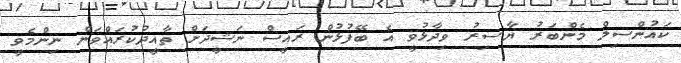
ކައުންސިލް މެންބަރު ޔާސިރު ވިދާޅުވީ އެ ބޭފުޅުން ރައީސް ނަޝީދަށް ތާއީދުކުރައްވަން ނިންމެވީ